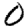
Digit: 0